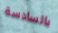
بالسادسة